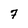
Character: 7